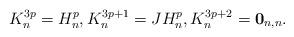
LaTeX: \begin{align*}K_{n}^{3p}=H_{n}^{p},K_{n}^{3p+1}=JH_{n}^{p},K_{n}^{3p+2}=\boldsymbol{0}_{n,n}. \end{align*}